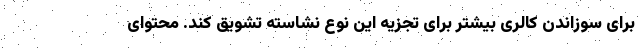
برای سوزاندن کالری بیشتر برای تجزیه این نوع نشاسته تشویق کند. محتوای